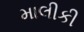
માલીકી